Vaccination Hyderabad 1872-1889 - 1872-1889
Year: 1872
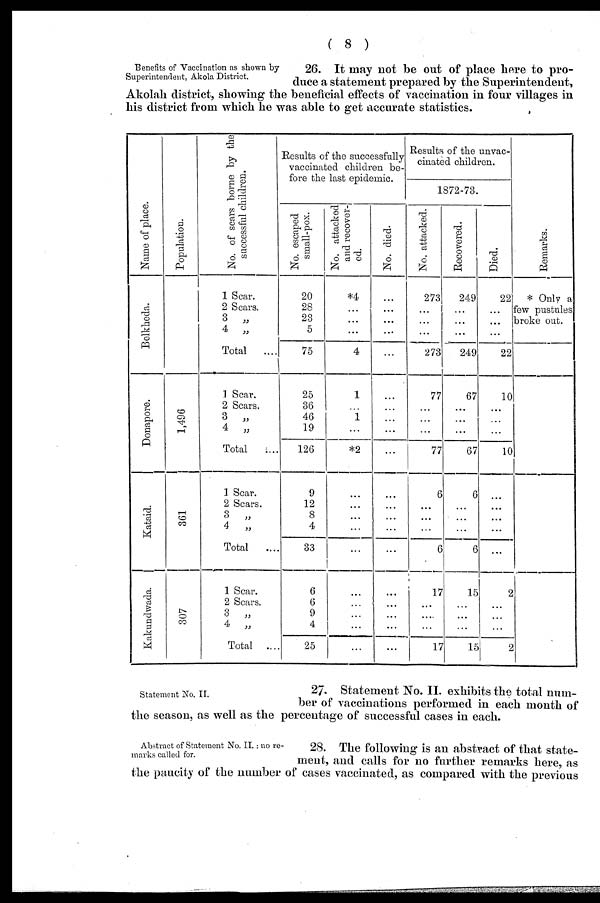
( 8 )
Benefits of Vaccination as shown by
Superintendent, Akola District.
26. It may not be out of place here to pro-
duce a statement prepared by the Superintendent,
Akolah district, showing the beneficial effects of vaccination in four villages in
his district from which he was able to get accurate statistics.
Name of place.
Bolkheda.
Donapore.
Kataid.
Kakundwada.
Population.
1,496
361
307
No. of scars borne by the
successful children.
1 Scar.
2 Scars.
3
„
4
„
Total
....
1 Scar.
2 Scars.
3
„
4
„
Total
....
1 Scar.
2 Scars.
3
„
4
„
Total
....
1 Scar.
2 Scars.
3
„
4
„
Total ...
Results of the successfully
vaccinated children be-
fore the last epidemic.
No. escaped
small-pox.
20
28
23
5
75
25
36
46
19
126
9
12
8
4
33
6
6
9
4
25
No. attacked
and recover-
ed.
*4
...
...
...
4
1
...
1
...
*2
...
...
...
...
...
...
...
...
...
...
No. died.
...
...
...
...
...
...
...
...
...
...
...
...
...
...
...
...
...
...
...
...
Results of the unvac¬
cinated children.
1872-73.
No. attacked.
273
...
...
...
273
77
...
...
...
77
6
...
...
...
6
17
...
...
...
17
Recovered.
249
...
...
...
249
67
...
...
...
67
6
...
...
...
6
15
...
...
...
15
Died.
22
...
...
...
22
10
...
...
...
10
...
...
...
...
...
2
...
...
...
2
Remarks.
* Only a
few pustules
broke out.
Statement No. II.
27. Statement No. II. exhibits the total num-
ber of vaccinations performed in each month of
the season, as well as the percentage of successful cases in each.
Abstract of Statement No. II.: no re-
marks called for.
28. The following is an abstract of that state-
ment, and calls for no further remarks here, as
the paucity of the number of cases vaccinated, as compared with the previous